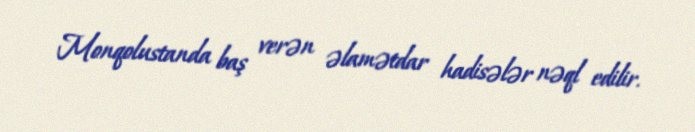
Monqolustanda baş verən əlamətdar hadisələr nəql edilir.